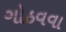
ગોઠવવા